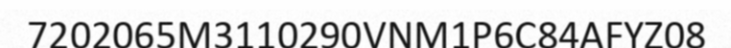
7202065M3110290VNM1P6C84AFYZ08